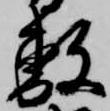
敷